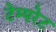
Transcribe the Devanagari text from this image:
टेम्‍परेट